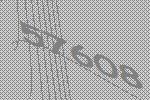
57608